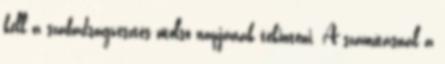
kell a szabadságvesztés utolsó napjának tekinteni. A számításnál a